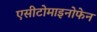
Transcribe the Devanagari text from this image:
एसीटोमाइनोफेन